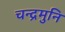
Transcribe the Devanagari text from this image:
चन्द्रमुनि